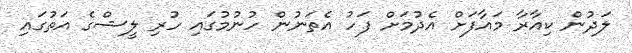
ލަދުން ކިއާރާ މައާފަށް އެދުމަށް ފަހު އެތަނުން ހުނުމުގައި ހުރި ލީޝްގެ އަތުގައި